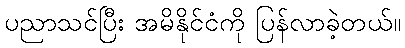
ပညာသင်ပြီး အမိနိုင်ငံကို ပြန်လာခဲ့တယ်။